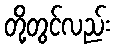
တို့တွင်လည်း